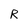
Character: R